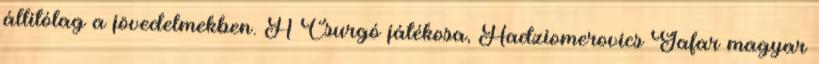
állitólag a jövedelmekben. A Csurgó játékosa, Hadziomerovics Gafar magyar